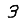
Digit: 3